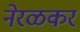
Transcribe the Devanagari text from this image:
नेरळकर